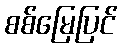
စစ်မြေပြင်